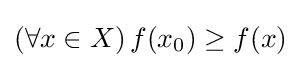
(\forall x\in X)\,f(x_{0})\geq f(x)